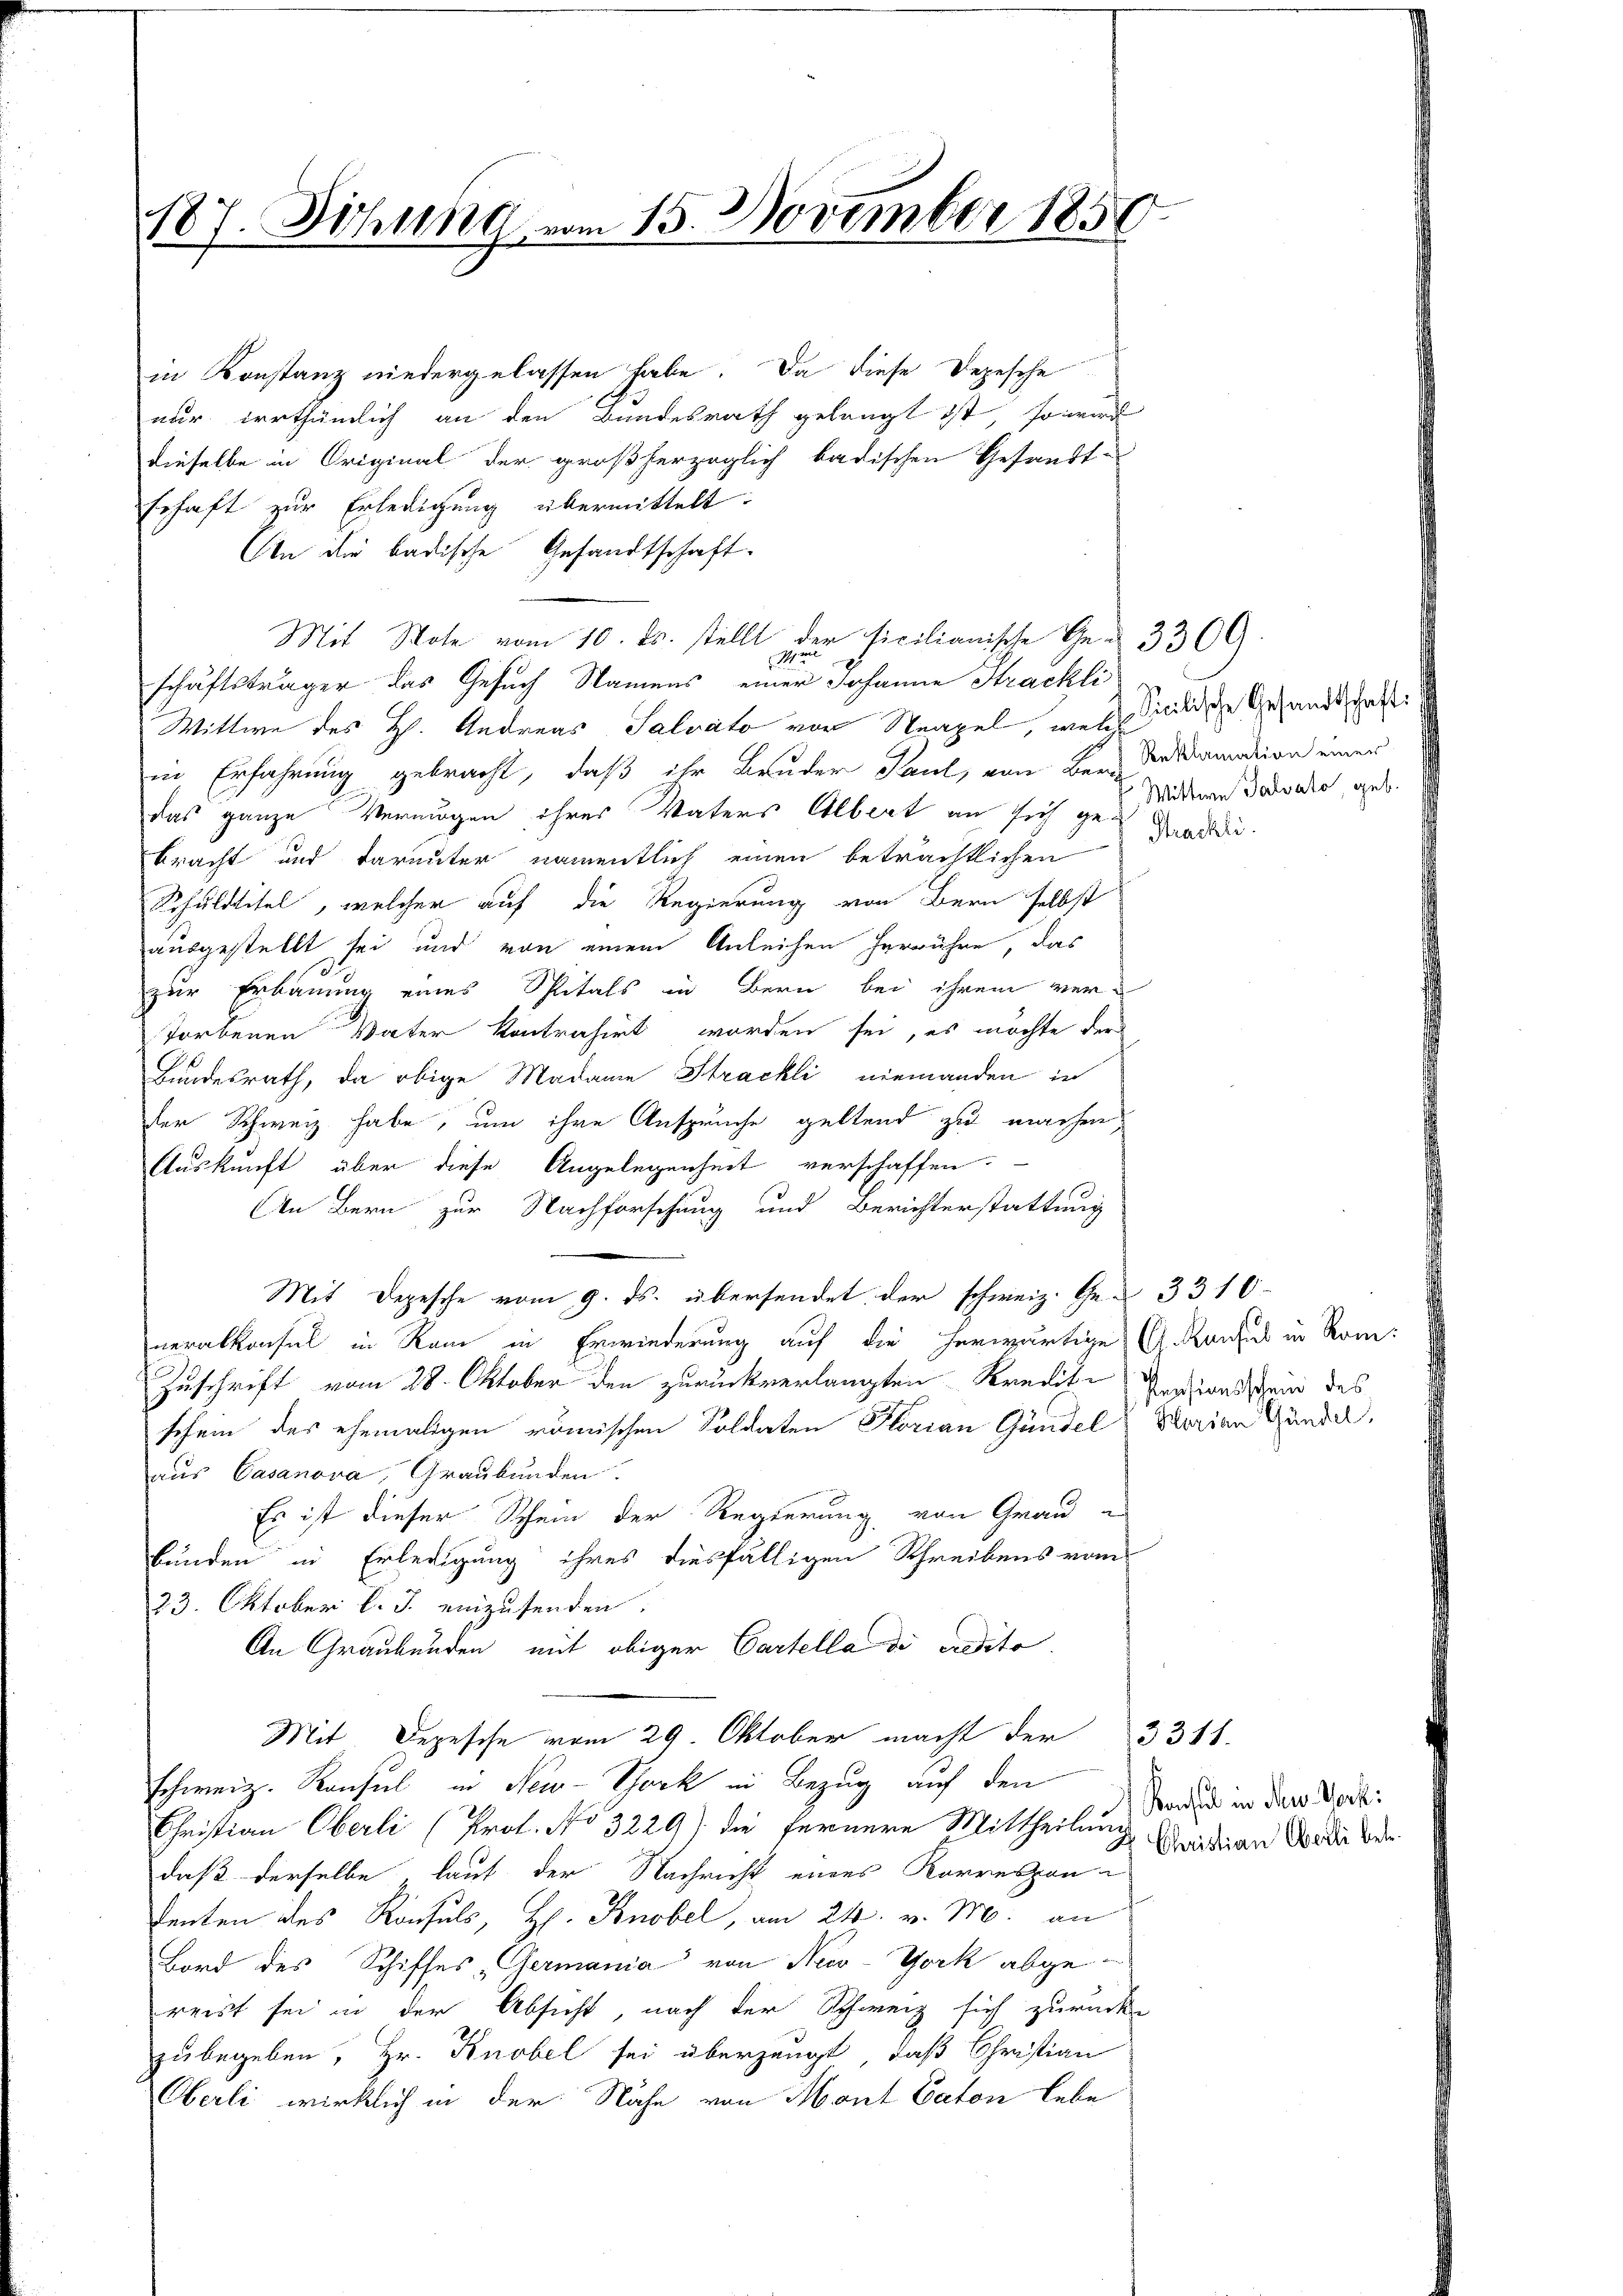
187. Sichung vom 15. November 1856

in Konstanz niedergelassen habe. Da diese Depesche
nur irrthümlich an den Bundesrath gelangt ist, so wird
dieselbe in Original der großherzoglich badischen Gesandt-
schaft zur Erledigung übermittelt:
Ain die badische Gesandtschaft.
Mit Note vom 10. Js. stellt der ficilianische Thee 3300.
r
schäftsträger das Gesuch Namens einer Johanne Strackli
Wittwe des H. Andreas Salvato vor Steapel, welch
in Erfahrung gebracht, daß ihr Bruder Paul, von Bern Inddarmadion einer
das ganze Vermögen ihres Vaters Albert an sich zu Wideren Davria, geb.
bracht und darunter namentlich einen beträchtlichen
Schuldtitel, welcher auf die Regierung von Bern selbst
ausgestellt sei und von einem Anleihen herrühre, das
zur Erbauung eines Spitals in Bern bei ihrem verstorbenen Vater kontrahirt worden sei, es möchte der
Bundesrath, da obige Madame Strackli niemanden in
der Schweiz habe, um ihre Anspruche geltend zu machen
Auskunft über diese Angelegenheit verschaffen.
An Bern zur Nachforschung und Berichterstattung
Mit Depesche vom 9. ds. übersendet der schweiz. Ge- 3310
neralkonsul in Rome in Erwiederung auf die herwärtiges G. Kaufes in Rom.
Zuschrift vom 28. Oktober den zurückverlangten Kredit. Pensionsschein des
schem des ehemaligen römischen Soldaten Florian Gandel & Horian Gunde,
aus Casanova, Graubünden.
Es ist dieser Schein der Regierung von Grau es
bunden in Erledigung ihres diesfälligen Schreibens vom
23. Oktober l. J. einzusenden.
An Graubünden mit obiger Cartella di edito.
Mit. Depesche vom 29. Oktober macht der 331.
schweiz. Konsul in New-York in Bezug auf den
Christian Oberli (Prof. No 3229) die fernere Mittheilung
daß derselbe laut der Nachricht eines Korrespon-
denten des Konsuls, H. Knobel, am 24. v. M. an
Bord des Schiffes Germania von New-York abgereist sei in der Absicht, nach der Schweiz sich zurücke
zubegeben, Hr. Knobel sei überzeugt, daß Christian
Oberli wirklich in der Nähe von Mont Caton lebe

Sicilische Gesandtschaft:

Streckli

Consul in den Werk:
Christian Oberli betr.